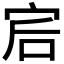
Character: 𡧻